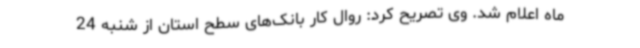
ماه اعلام شد. وی تصریح کرد: روال کار بانک‌های سطح استان از شنبه 24